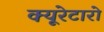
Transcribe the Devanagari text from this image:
क्यूरेटारो